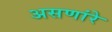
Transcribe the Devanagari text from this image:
असणांरे